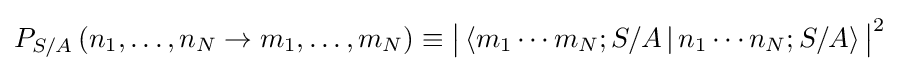
P_{S/A}\left(n_{1},\ldots ,n_{N}\rightarrow m_{1},\ldots ,m_{N}\right)\equiv {\big |}\left\langle m_{1}\cdots m_{N};S/A\,|\,n_{1}\cdots n_{N};S/A\right\rangle {\big |}^{2}